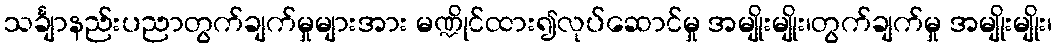
သင်္ချာနည်းပညာတွက်ချက်မှုများအား မဏ္ဍိုင်ထား၍လုပ်ဆောင်မှု အမျိုးမျိုး၊တွက်ချက်မှု အမျိုးမျိုး၊